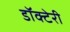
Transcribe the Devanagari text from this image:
डॉक्टेरी